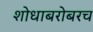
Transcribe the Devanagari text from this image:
शोधाबरोबरच